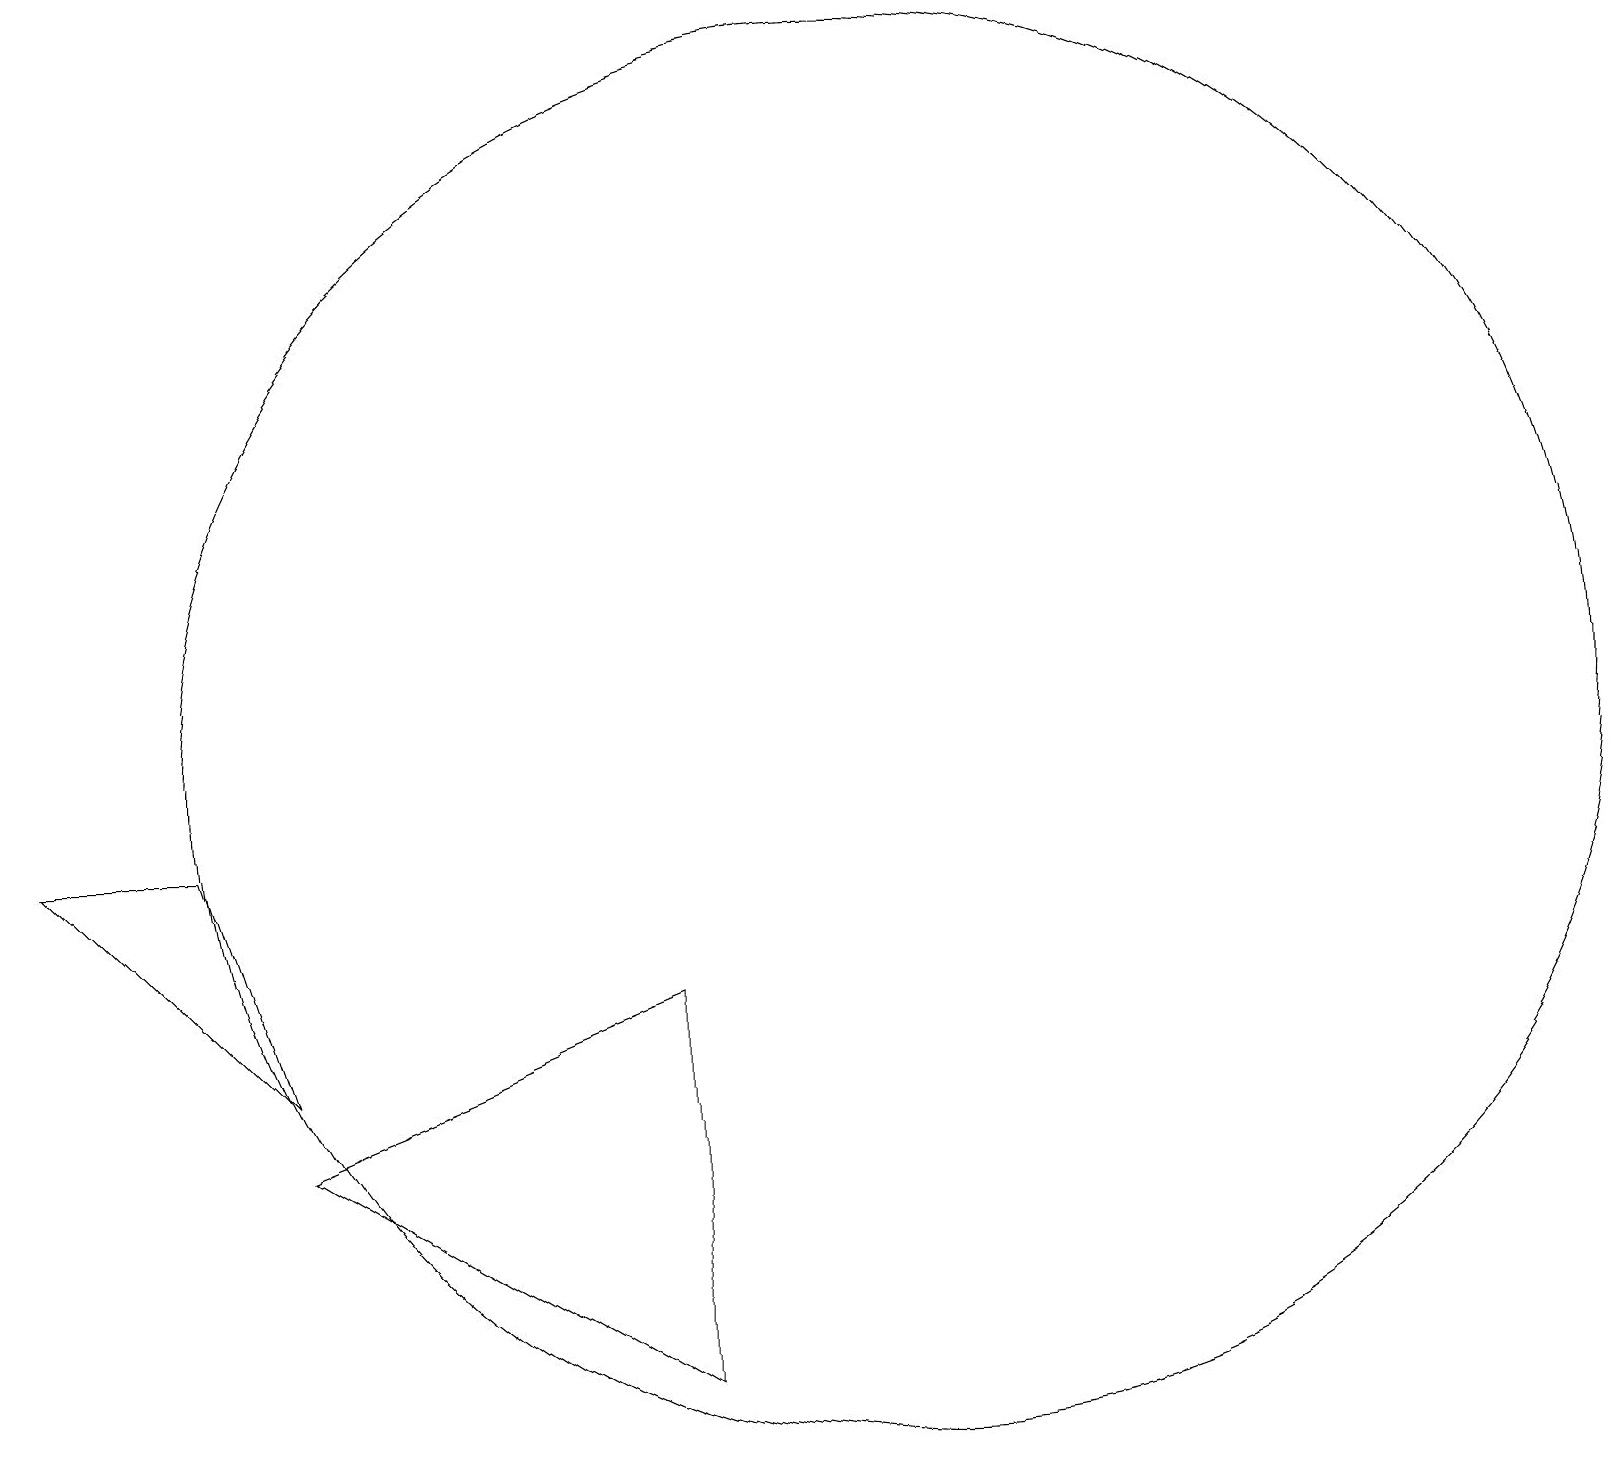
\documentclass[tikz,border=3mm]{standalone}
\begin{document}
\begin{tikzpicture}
\draw (12,10) circle (9);
\draw (4,6) -- (1,9) -- (3,9) -- cycle;
\draw (4,5) -- (9,2) -- (9,7) -- cycle;
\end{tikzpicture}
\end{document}